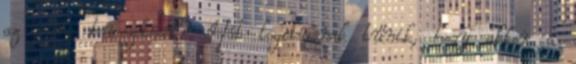
az euro bevezetését? Hát logikusnak tűnik, hogy akkor a